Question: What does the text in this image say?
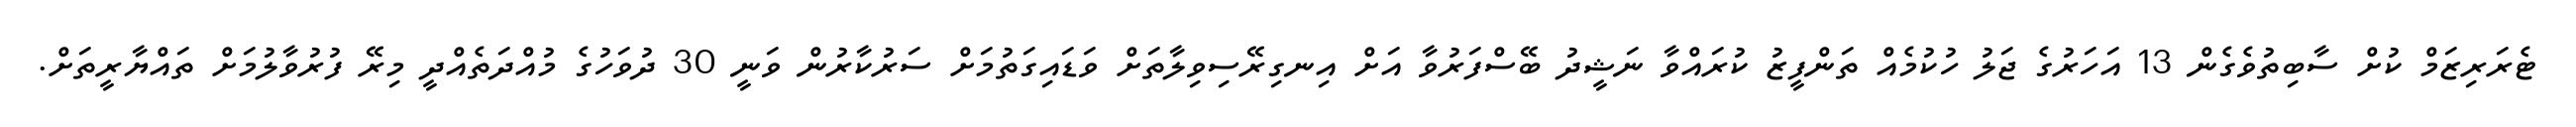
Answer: ޓެރަރިޒަމް ކުށް ސާބިތުވެގެން 13 އަހަރުގެ ޖަލު ހުކުމެއް ތަންފީޒު ކުރައްވާ ނަޝީދު ބޭސްފަރުވާ އަށް އިނގިރޭސިވިލާތަށް ވަޑައިގަތުމަށް ސަރުކާރުން ވަނީ 30 ދުވަހުގެ މުއްދަތެއްދީ މިރޭ ފުރުވާލުމަށް ތައްޔާރީތަށް.